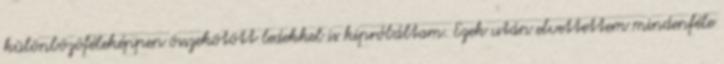
különbözöféleképpen összekötött ledekkel is kipróbáltam. Ezek után elvettettem mindenféle